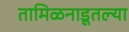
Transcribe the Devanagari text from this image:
तामिळनाडूतल्या